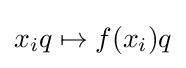
x_{i}q\mapsto f(x_{i})q